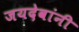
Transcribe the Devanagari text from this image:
जयदेवांनी